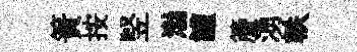
簀按竪渤讙簷湧軼